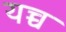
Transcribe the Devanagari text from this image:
यच्च